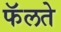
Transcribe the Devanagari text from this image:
फॅलते